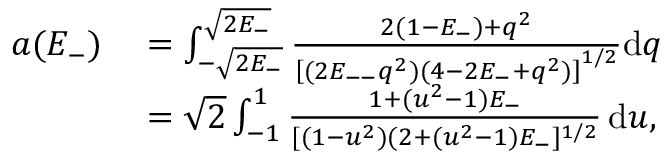
\begin{array} { r l } { a ( E _ { - } ) } & { { } = \int _ { - \sqrt { 2 E _ { - } } } ^ { \sqrt { 2 E _ { - } } } \frac { 2 ( 1 - E _ { - } ) + q ^ { 2 } } { \left[ ( 2 E _ { -- } q ^ { 2 } ) ( 4 - 2 E _ { - } + q ^ { 2 } ) \right] ^ { 1 / 2 } } \mathrm { d } q } \\ { { } } & { { } = \sqrt { 2 } \int _ { - 1 } ^ { 1 } \frac { 1 + ( u ^ { 2 } - 1 ) E _ { - } } { [ ( 1 - u ^ { 2 } ) ( 2 + ( u ^ { 2 } - 1 ) E _ { - } ] ^ { 1 / 2 } } \, \mathrm { d } u , } \end{array}